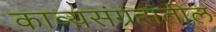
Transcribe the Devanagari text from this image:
काव्यसंग्रहांतील